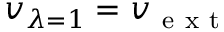
v _ { \lambda = 1 } = v _ { \mathrm { ~ e ~ x ~ t ~ } }